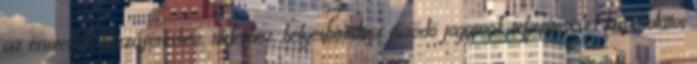
az érintettek hozzáféréshez, törléshez, helyesbítéshez fűződő jogainak teljesítésével kapcsolatos